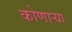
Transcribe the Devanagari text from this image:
कोणार्‍या